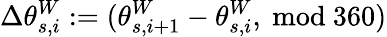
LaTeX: \Delta\theta_{s,i}^{W}:=(\theta_{s,i+1}^{W}-\theta_{s,i}^{W},\ \mathrm{mod}\ 360)